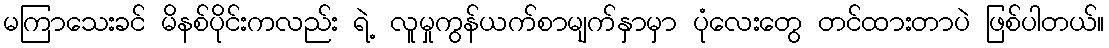
မကြာသေးခင် မိနစ်ပိုင်းကလည်း ရဲ့ လူမှုကွန်ယက်စာမျက်နှာမှာ ပုံလေးတွေ တင်ထားတာပဲ ဖြစ်ပါတယ်။